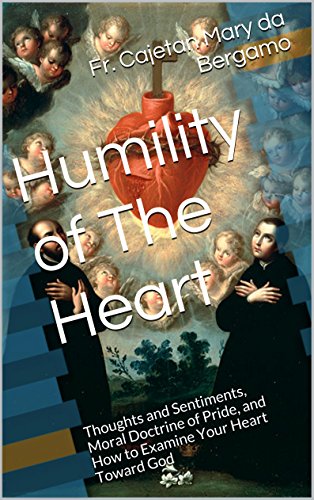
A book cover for Humility of Heart: Thoughts and Sentiments, Moral Doctrine of Pride, and How to Examine Your Heart Toward God; Fr. Cajetan Mary da Bergamo; Christian Books & Bibles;